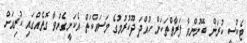
ޓެކްސީ ކުރަން ބޭނުންވާ ފަރާތްތަކަށް ހުއްދަ ދޫކުރުމުގެ މަސައްކަތް އެކަށީގެންވާ ގޮތެއްގައި ކުރިއަށް